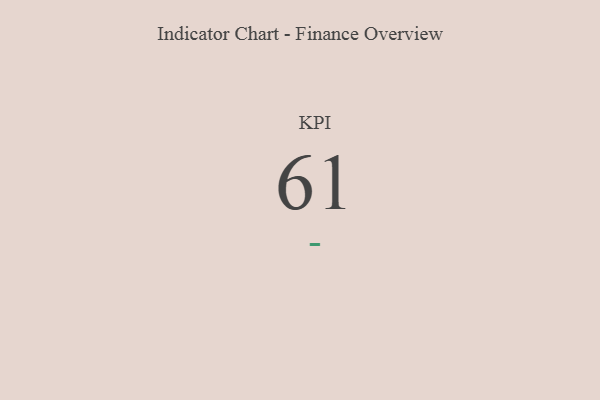
{"axis": {"x": "KPI", "y": "Value"}, "legend": [""], "data": [{"x": "KPI", "y": 61, "type": ""}]}